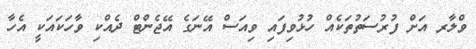
ވްލާރ އަށް ފުރުސަތުތަކެއް ހުޅުވިފައި ވިއަސް އޭނަގެ އޭޖެންޓް ދެއްކި ވާހަކައަކީ އެހާ